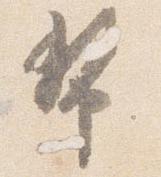
幣